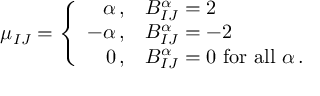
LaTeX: \mu _ { I J } = \left\{ \begin{array} { r l } { { \alpha \, , } } & { { { \cal B } _ { I J } ^ { \alpha } = 2 } } \\ { { - \alpha \, , } } & { { { \cal B } _ { I J } ^ { \alpha } = - 2 } } \\ { { 0 \, , } } & { { { \cal B } _ { I J } ^ { \alpha } = 0 { \mathrm { ~ f o r ~ a l l ~ } } \alpha \, . } } \end{array} \right.